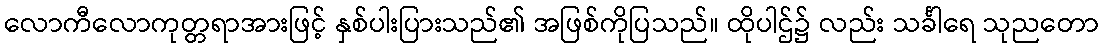
လောကီလောကုတ္တရာအားဖြင့် နှစ်ပါးပြားသည်၏ အဖြစ်ကိုပြသည်။ ထိုပါဌ်၌ လည်း သင်္ခါရေ သုညတော